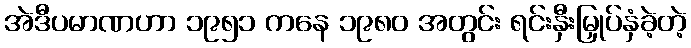
အဲဒီပမာဏဟာ ၁၉၅၁ ကနေ ၁၉၈၀ အတွင်း ရင်းနှီးမြှုပ်နှံခဲ့တဲ့